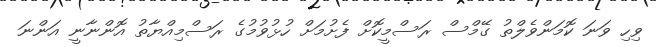
ވިހި ވަނަ ކޮމަންވެލްތު ގޭމްސް ރަސްމީކޮށް ފެށުމަށް ހުޅުވުމުގެ ރަސްމިއްޔާތު އޮންނާނީ އަންނަ